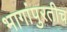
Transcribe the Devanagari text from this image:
भागांपुरतीच